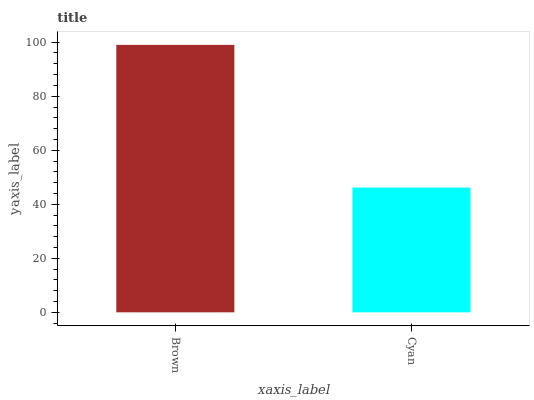
| xaxis_label | bars |
 | --- | --- |
 | Brown | 99 |
 | Cyan | 46.2 |